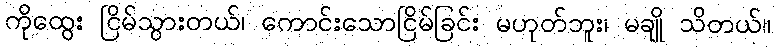
ကိုထွေး ငြိမ်သွားတယ်၊ ကောင်းသောငြိမ်ခြင်း မဟုတ်ဘူး၊ မချို သိတယ်။